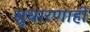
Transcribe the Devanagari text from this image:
सुधारणाही